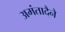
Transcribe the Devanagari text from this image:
अमंतादैने